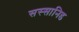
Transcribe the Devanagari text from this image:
सस्सानिड